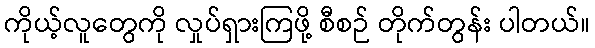
ကိုယ့်လူတွေကို လှုပ်ရှားကြဖို့ စီစဉ် တိုက်တွန်း ပါတယ်။